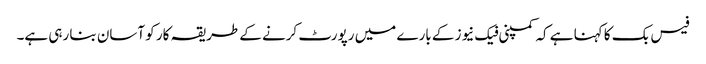
فیس بک کا کہنا ہے کہ کمپنی فیک نیوز کے بارے میں رپورٹ کرنے کے طریقہ کار کو آسان بنا رہی ہے۔